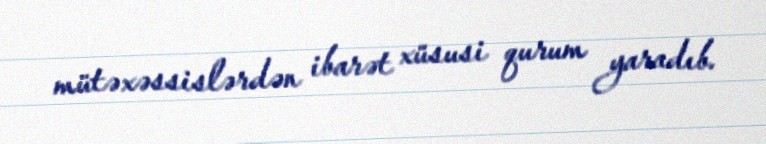
mütəxəssislərdən ibarət xüsusi qurum yaradıb.